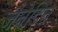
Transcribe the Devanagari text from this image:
जैनेडिन